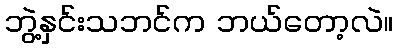
ဘွဲ့နှင်းသဘင်က ဘယ်တော့လဲ။